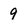
Character: 9